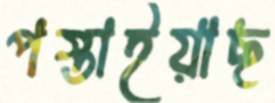
পস্তাইয়াছ